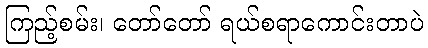
ကြည့်စမ်း၊ တော်တော် ရယ်စရာကောင်းတာပဲ